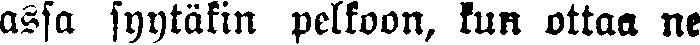
assa syytäkin pelkoon, kun ottaa ne